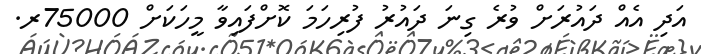
އަދި އެއް ދައުރަށް ވުރެ ގިނަ ދައުރު ފުރިހަމަ ކޮށްފައިވާ މީހަކަށް 75000ރ.